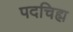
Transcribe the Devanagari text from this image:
पदचिह्म